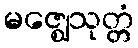
မဇ္ဈေသုတ္တံ